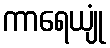
ကာရေယျုံ